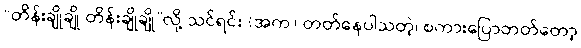
“တိန်းချိုချို တိန်းချိုချို”လို့ သင်ရင်း (အက) တတ်နေပါသတဲ့၊ စကားပြောတတ်တော့